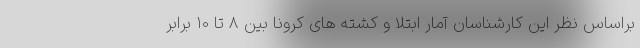
براساس نظر این کارشناسان آمار ابتلا و کشته های کرونا بین 8 تا 10 برابر